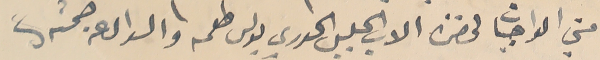
مني الواجبات لحضرة الاب الجليل الخوري بولس طعمه والسوال عن صحته